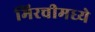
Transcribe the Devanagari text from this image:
मिरचीमध्ये